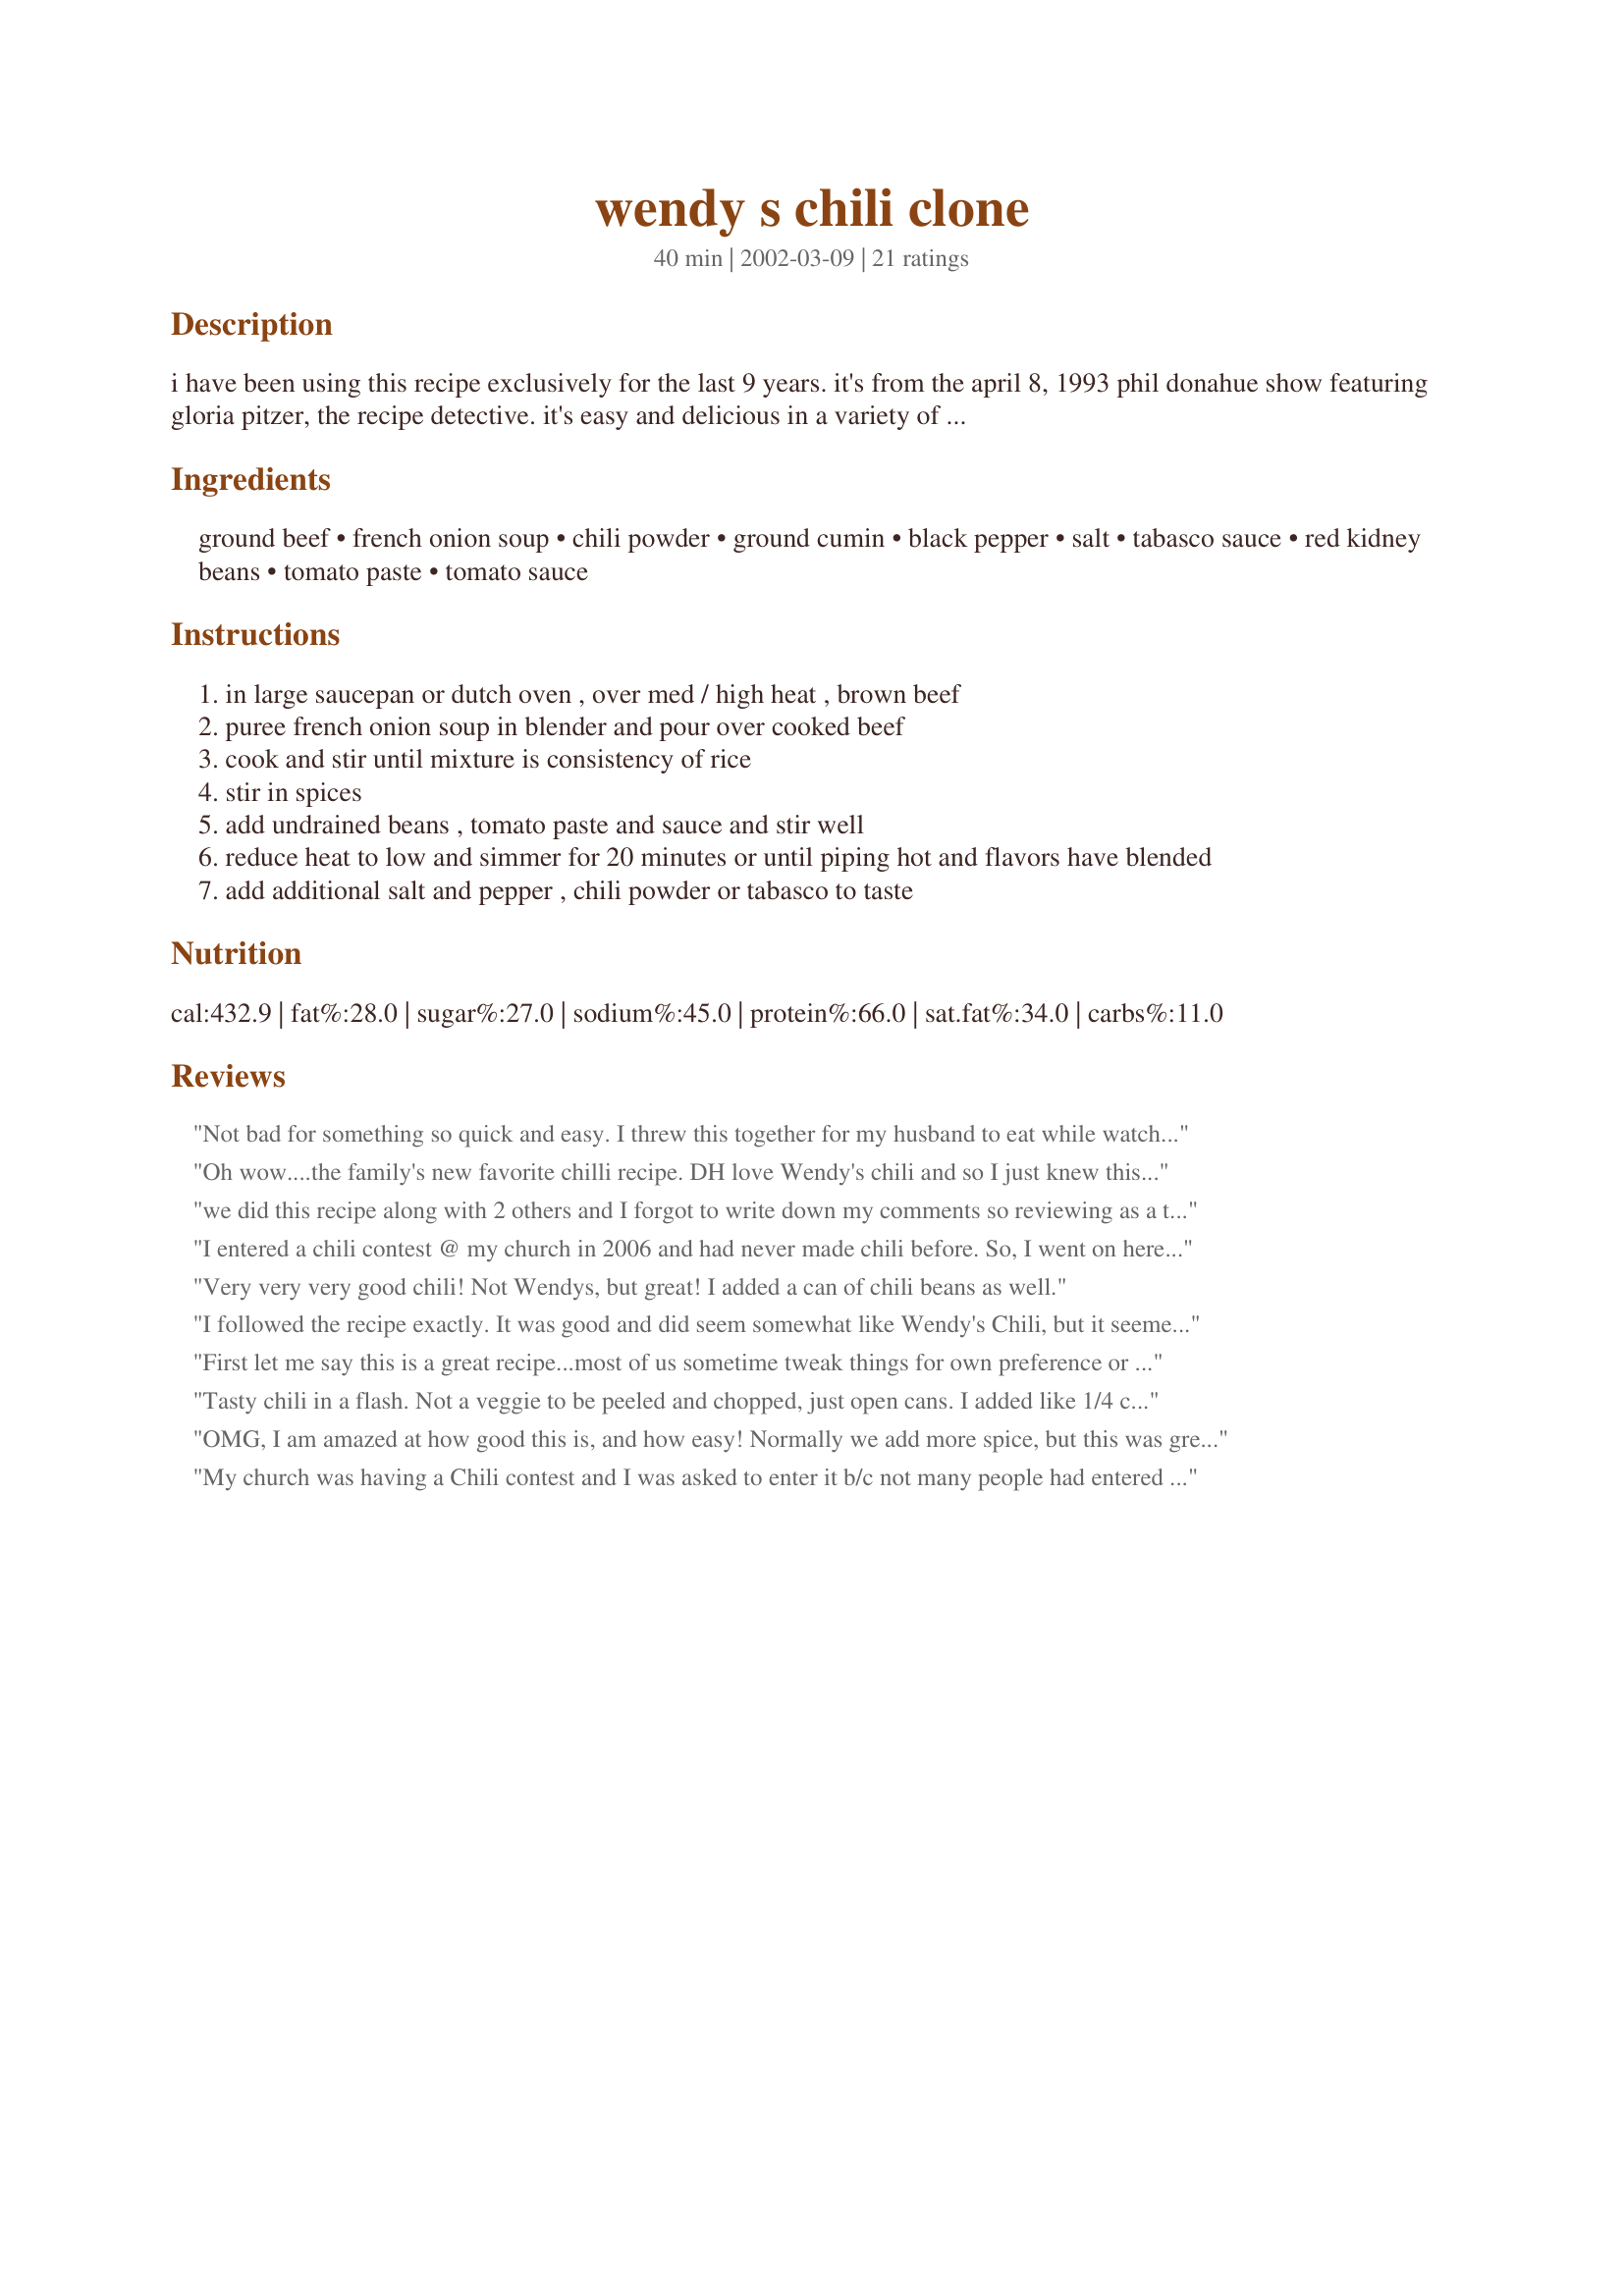
wendy s chili clone
Preparation time: 40 minutes

i have been using this recipe exclusively for the last 9 years. it's from the april 8, 1993 phil donahue show featuring gloria pitzer, the recipe detective. it's easy and delicious in a variety of ways. we serve it at home as well as made ahead to take camping. serve it the classic way, with cornbread or on hot dogs. or try some of our family favorites, cincinnati style (served over cooked spaghetti noodles) or taco salads (a bed of lettuce and corn chips, topped with chili and sour cream).

Ingredients:
ground beef, french onion soup, chili powder, ground cumin, black pepper, salt, tabasco sauce, red kidney beans, tomato paste, tomato sauce

Steps:
in large saucepan or dutch oven , over med / high heat , brown beef
puree french onion soup in blender and pour over cooked beef
cook and stir until mixture is consistency of rice
stir in spices
add undrained beans , tomato paste and sauce and stir well
reduce heat to low and simmer for 20 minutes or until piping hot and flavors have blended
add additional salt and pepper , chili powder or tabasco to taste

Reviews:
Not bad for something so quick and easy. I threw this together for my husband to eat while watching football. I used a 15 oz can of tomato sauce and a 12 oz can of tomato paste instead of using the smaller sized cans that the recipe calls for. And I used a smaller sized can of beans--probably around 15 oz. I haven't had Wendy's chili in a very long time, so I don't know how this compares, but this is a good, quick chili recipe that I would make again.
Oh wow....the family's new favorite chilli recipe. DH love Wendy's chili and so I just knew this would go over in a big way for him. I"ve never made chilid using french onion soup and so this must..it just must be the secret ingredient. I"m not a meat eater, but the smell was heavenly while this was simmering away on the stove-top. A real keeper Tink.
Made for HolidayTag.
we did this recipe along with 2 others and I forgot to write down my comments so reviewing as a tried recipe
I entered a chili contest @ my church in 2006 and had never made chili before. So, I went on here to find a recipe and found this one. I looked over the ingredients list and said ok, found one. I made the chili and took it to the contest and won FIRST PLACE!!!!! In 2007 my church had another contest and I had to make my chili again and I won FIRST PLACE AGAIN! This is a GREAT Recipe!!!!!
Very very very good chili! Not Wendys, but great! I added a can of chili beans as well.
I followed the recipe exactly. It was good and did seem somewhat like Wendy's Chili, but it seemed too thick and too tomato tasting. I believe this was due to the tomato paste. I am going to keep looking at other Wendy's Chili Clone recipes.
 First let me say this is a great recipe...most of us sometime tweak things for own preference or with what we have on hand and I did just that. I used 2 lb gr. beef and did not puree the onion soup. instead of kidney beans I used a mix of chili bean and no beans chili. all else same. simmered a while and froze half. served with toasted cheese. thanks for a quick flexible recipe. oh so good!
Tasty chili in a flash. Not a veggie to be peeled and chopped, just open cans. I added like 1/4 cup diced green chilies.
OMG, I am amazed at how good this is, and how easy! Normally we add more spice, but this was great, I hardly had any leftovers for just the 2 of us. This is not bland at all, but it doesn't interfere with medication or the like (at this point at least.) Thanks for sharing this recipe, Tinkerbell! Made for Photo Tag.
My church was having a Chili contest and I was asked to enter it b/c not many people had entered the contest, so I did. My husband said, have you ever made chili before and I said no and he started laughing. I was looking for a recipe and found this one and made it for the contest and out of 7 entries I won First Place and everyone loved it!!!!!! Great Recipe to make!!!!!!!!
A very quick and easy recipe. Also very good! I did not puree the soup and don't think it made any difference. I used just 1 pound of ground beef and doubled the amount of beans. A keeper! Thanks
I used ground turkey but otherwise followed the recipe. I didn't process the onion soup and the whole thing was at a simmer in about 15 minutes. Loved how easy and quick it was to put together. Thanks!
Wow! This chili is great! I wouldn't change a thing! (I took everyone's advice and didn't puree the onion soup..came out perfect.) Thanks for sharing this recipe.
A keeper! Simple ingredients, quick to make, and DELICIOUS. No need to puree the French onion soup...it all blended together just fine. Perfect for a chilly December night! Thanks! My chili hunt is over.
So easy and quick to make! and tasty too!!! I used 2 16 oz cans of kidney beans instead of 21 oz, and I didn't have tomato sauce so I used a 16 oz can of diced tomatoes, undrained. Everyone loved it! This is my chili recipe from now on!
I was skeptical about using canned French Onion soup, but was very pleased with the results of this chili. I did not have tomato paste, so I used crushed tomatoes w/ puree, and it was great. I loved the cumin flavor, but did substitute Cayenne pepper for the black pepper, and also added a touch more chili powder as well as a TBS of salt (liquid from the tomatoes probably diluted it a bit). Keeper recipe. I'll make this when I don't have 4 hours to simmer my other recipe.
As prepared. I was not impressed. Bland as is.
The recipe was good but I think it might have been missing some spices. It felt too tomatoey with the tomato paste and didn't have the kick I was expecting from Wendy's.
What a nice twist on chili. I'm going to try the crushed tomatoes next time and maybe a little bit of bell pepper. I love the french onion soup in it!! Thanks!
Not Wendy's chili but good. I believe that Wendy's chili has peppers in it and is a lot more soupy. This chili was thick, more like for topping hot dogs. I added more seasoning and some chicken bullion. This is easy and tasty, its a keeper. Thanks for posting!
I entered in a chili cook-off with this and won!
